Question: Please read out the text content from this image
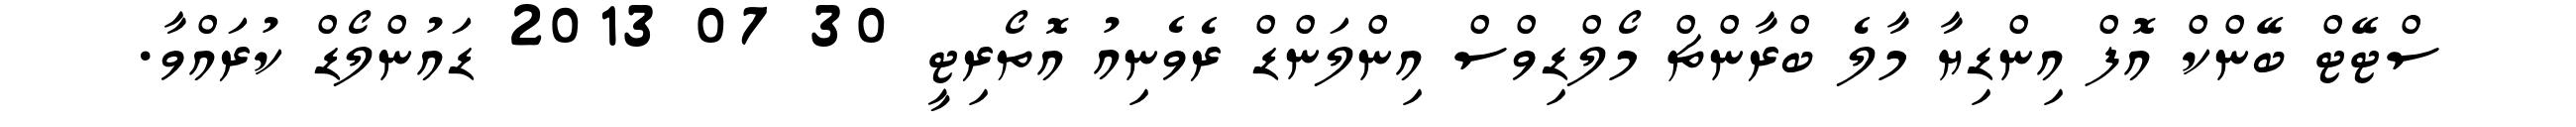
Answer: ސްޓޭޓް ބޭންކް އޮފް އިންޑިޔާ މާލެ ބްރާންޗް މޯލްޑިވްސް އިންލަންޑް ރެވެނިއު އޮތޯރިޓީ 30 07 2013 ޑައުންލޯޑް ކުރައްވާ.